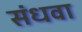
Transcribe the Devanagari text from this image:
संधवा